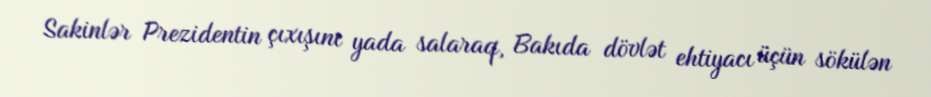
Sakinlər Prezidentin çıxışını yada salaraq, Bakıda dövlət ehtiyacı üçün sökülən